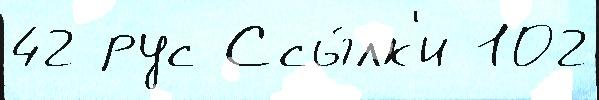
42 рус Ссы́лк'и 102